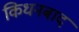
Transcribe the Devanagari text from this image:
किधनबाद